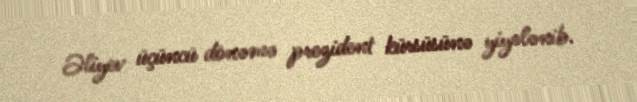
Əliyev üçüncü dönəmə prezident kürsüsünə yiyələnib.